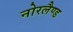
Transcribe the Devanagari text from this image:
नोरलैण्ड